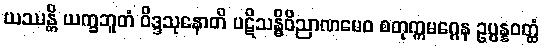
ယဿန္တိ ယက္ခဘူတံ ဝိဒ္ဒသုနောတိ ပဋိသန္ဓိဝိညာဏမေဝ စတုက္ကမဂ္ဂေန ဥပ္ပန္နဝတ္ထံ